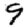
Digit: 9